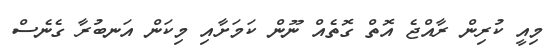
މިއީ ކުރިން ރާއްޖެ އޮތް ގޮތެއް ނޫން ކަމަށާއި މިކަން އަނބުރާ ގެނެސް